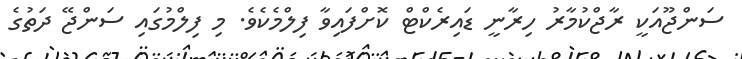
ސަންޖޫއަކީ ރާޖްކުމާރު ހިރާނީ ޑައިރެކްޓް ކޮށްފައިވާ ފިލްމެކެވެ. މި ފިލްމުގައި ސަންޖޭ ދަތުގެ